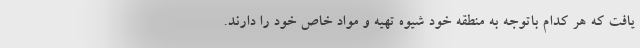
یافت که هر کدام باتوجه به منطقه خود شیوه تهیه و مواد خاص خود را دارند.